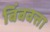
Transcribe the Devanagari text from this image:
बिंबवत्ता